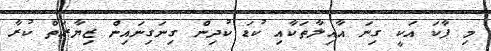
މި ޕާކަ އަކީ ގިނަ އާއިލާތަކާއި ކުޑަ ކުދިން ގިނަގިނައިން ޒިޔާރަތް ކުރާ